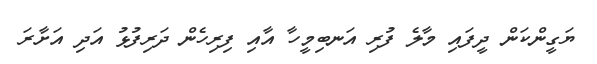
ޔަގީންކަން ދީފައި މާލެ ފުުރި އަނބިމީހާ އާއި ފިރިހެން ދަރިފުޅު އަދި އަށާރަ